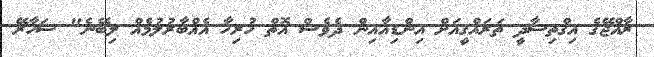
ރާއްޖޭގެ އިގްތިސާދީ ތަރައްގީއަށް އިންޑިއާއިން ދެވެސް އޮތް ހުރިހާ އެއްބާރުލުމެއް ލިބޭނެ" ސަހާރޭ